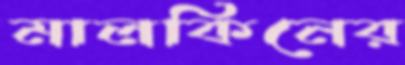
মালকিনের